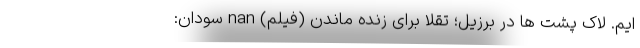
ایم. لاک پشت ها در برزیل؛ تقلا برای زنده ماندن (فیلم) nan سودان: